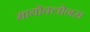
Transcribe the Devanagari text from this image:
मायोक्लोनस